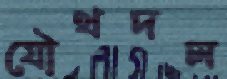
যৌথদল